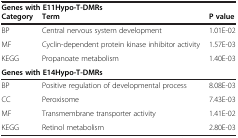
| <COLSPAN=3> Genes with E11Hypo-T-DMRs |
 | --- | --- | --- |
 | Category | Term | P value |
 | BP | Central nervous system development | 1.01E-02 |
 | MF | Cyclin-dependent protein kinase inhibitor activity | 1.57E-03 |
 | KEGG | Propanoate metabolism | 1.40E-03 |
 | <COLSPAN=3> Genes with E14Hypo-T-DMRs |
 | BP | Positive regulation of developmental process | 8.08E-03 |
 | CC | Peroxisome | 7.43E-03 |
 | MF | Transmembrane transporter activity | 1.41E-02 |
 | KEGG | Retinol metabolism | 2.80E-03 |